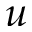
\boldsymbol { u }